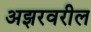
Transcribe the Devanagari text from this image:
अझरवरील